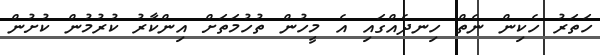
ހަތަރު ހެކިން ނެތް ހިނދެއްގައި އެ މީހުން ތުހުމަތަށް އިންކާރު ކުރުމުން ކުށުން